Problem: 38 + 21 = ?
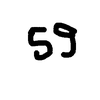
Handwritten answer: 59